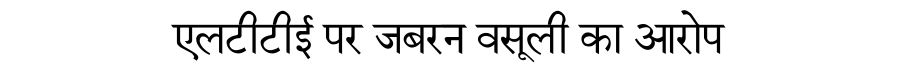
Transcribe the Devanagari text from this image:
एलटीटीई पर जबरन वसूली का आरोप